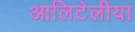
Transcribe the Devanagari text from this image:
आलिटेलीया